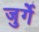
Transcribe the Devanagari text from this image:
जुर्गें